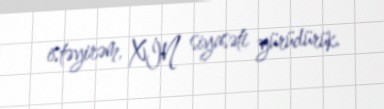
istəyirəm, XİN siyasəti yürüdürük.